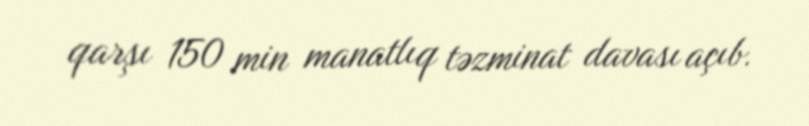
qarşı 150 min manatlıq təzminat davası açıb.